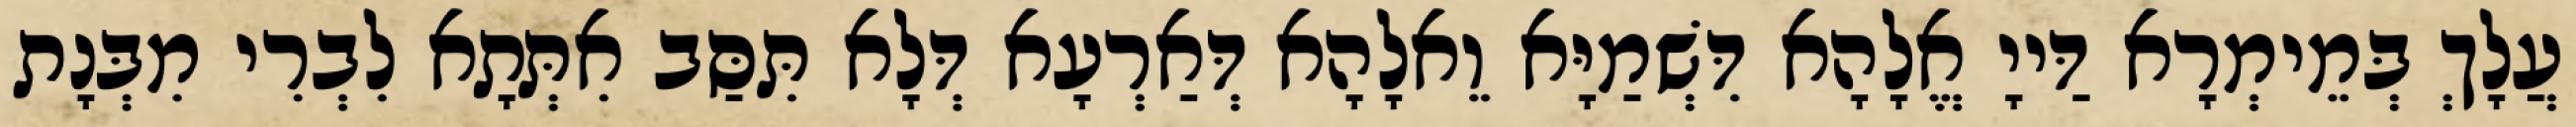
עֲלָךְ בְּמֵימְרָא דַּייָ אֱלָהָא דִּשְׁמַיָּא וֵאלָהָא דְּאַרְעָא דְּלָא תִּסַּב אִתְּתָא לִבְרִי מִבְּנָת